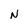
Character: N